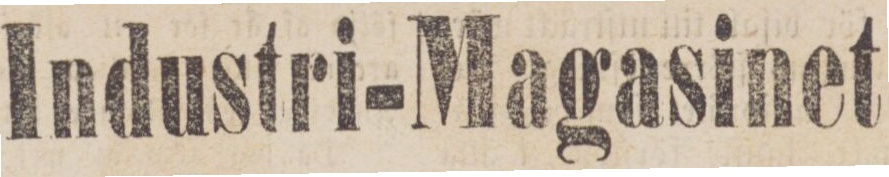
Industri-Magasinet